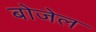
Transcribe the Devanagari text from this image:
बोजेल